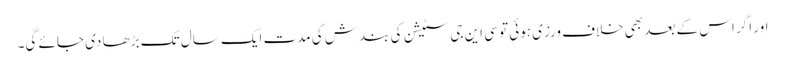
اور اگر اس کے بعد بھی خلاف ورزی ہوئی تو سی این جی سٹیشن کی بندش کی مدت ایک سال تک بڑھا دی جائے گی۔